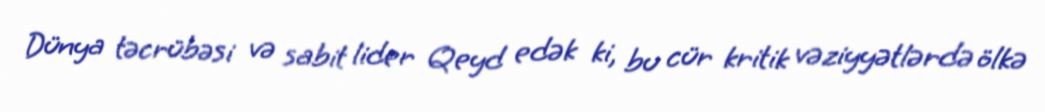
Dünya təcrübəsi və sabit lider Qeyd edək ki, bu cür kritik vəziyyətlərdə ölkə